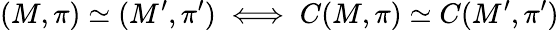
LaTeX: (M,\pi)\simeq(M^{\prime},\pi^{\prime})\iff C(M,\pi)\simeq C(M^{\prime},\pi^{\prime})